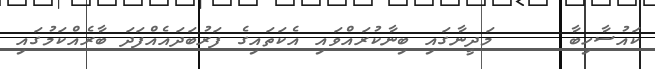
ކައުސާހިބާ     މަދީނާގައި ބިނާކުރައްވައި އެކަތައިގެ ފަރުބަދައެއްފަދަ ބާރެއްކަމުގައި